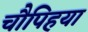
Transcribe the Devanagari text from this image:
चौपिहया